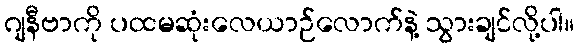
ဂျနီဗာကို ပထမဆုံးလေယာဉ်လောက်နဲ့ သွားချင်လို့ပါ။